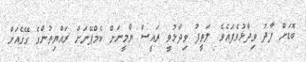
ބޮޑަށް ފާދު ވިދާޅުވެފައެވެ. ލަތީފު ވިދާޅުވީ ރައީސް ޔާމީނަށް ކެމްޕޭނަށް ރައްޔިތުންގެ ގޭގެއަށް